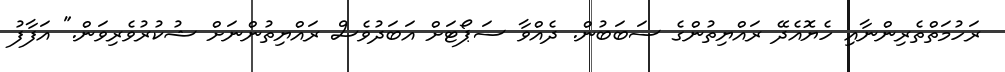
ރަހުމަތްތެރިންނާއި ހެޔޮއެދޭ ރައްޔިތުންގެ ސަބަބުން. ދެއްވާ ސަޕޯޓަށް އަބަދުވެސް ރައްޔިތުންނަށް ޝުކުރުވެރިވަން." އަފާފު